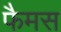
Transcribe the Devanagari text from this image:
फैमस